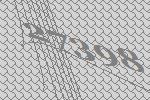
27398